system: You are a helpful assistant.
user:
Analyze the provided spectrum to determine if it is a **"Cataclysmic Variables (CV)"**.

- **Key Indicators for CV (Check for either state):**
    - **State 1: Quiescent / Low-State (Emission-Dominated)**
        - **(Primary):** Strong and *very broad* Hydrogen Balmer emission lines (e.g., $H\alpha$ at 6563 Å, $H\beta$ at 4861 Å). The 'broadness' (high velocity dispersion, often FWHM > 1000 km/s) is the key diagnostic, indicating a high-velocity accretion disk.
        - **(Secondary):** Broad neutral Helium (He I) emission lines (e.g., 5876 Å, 6678 Å).
        - **(Key Confirmation):** Presence of high-excitation *ionized* Helium (He II) emission at 4686 Å. This is a strong indicator of accretion onto a white dwarf.
        - **(Line Profile):** Emission lines may exhibit a 'double-peaked' profile, which is a classic signature of a rotating accretion disk viewed at high inclination.

    - **State 2: Outburst / High-State (Absorption-Dominated)**
        - **(Primary):** Spectrum is dominated by a bright, blue continuum (looks like a hot star).
        - **(Secondary):** The emission lines from State 1 are weak, absent, or 'filled in', and are replaced by broad, shallow *absorption* lines (primarily Balmer and He I).
        - **(Morphology):** The overall spectrum mimics a hot B/A-type star. The crucial difference is that the absorption lines are significantly broader, shallower, and more 'washed-out' (or 'smeared') than the sharp lines of a normal stellar photosphere, due to high rotational speeds and pressure broadening in the disk.

Think first, call **spectral_visualization_tool** if needed to examine features in detail, then provide your final answer. Your response must adhere to the following strict rules:
1.  **Overall Structure:** Your response must follow the format `<think>...</think> <tool_call>...</tool_call> (if a tool is used) <answer>...</answer>`.
2.  **Tool Usage Constraint:** You may only make **one** tool call per turn.
3.  **Final Answer Format:** In the `<answer>` tag, your conclusion must be inside a `\boxed{}` command (e.g., `\boxed{YES}`), followed by your justification.

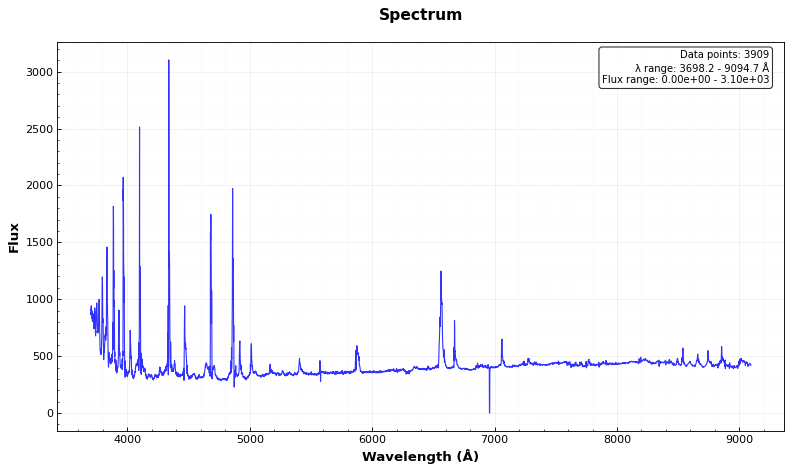
Answer: YES